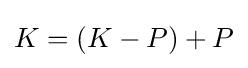
K=(K-P)+P